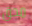
محق